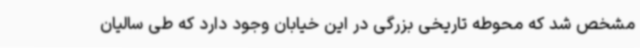
مشخص شد که محوطه تاریخی بزرگی در این خیابان وجود دارد که طی سالیان